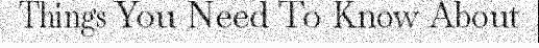
Things You Need To Know About